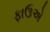
ફાઉએ